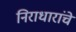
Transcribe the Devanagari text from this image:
निराधारांचे